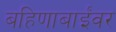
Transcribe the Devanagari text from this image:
बहिणाबाईंवर